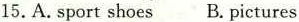
15.A.Sport shoes B.pictures